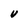
Character: V